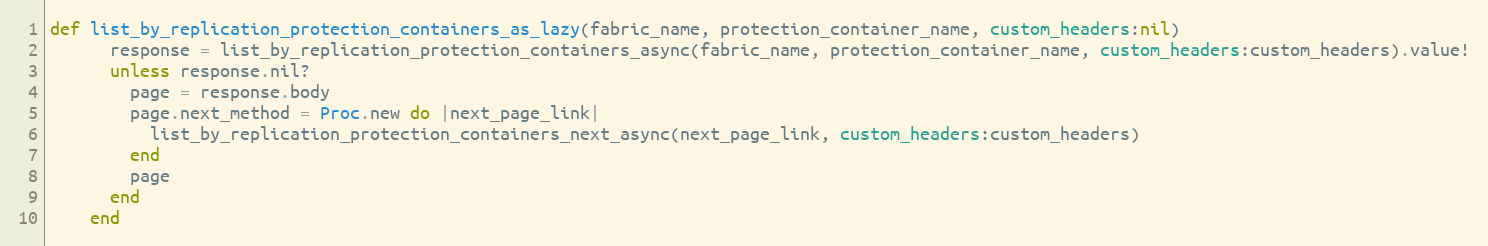
Language: Ruby
def list_by_replication_protection_containers_as_lazy(fabric_name, protection_container_name, custom_headers:nil)
      response = list_by_replication_protection_containers_async(fabric_name, protection_container_name, custom_headers:custom_headers).value!
      unless response.nil?
        page = response.body
        page.next_method = Proc.new do |next_page_link|
          list_by_replication_protection_containers_next_async(next_page_link, custom_headers:custom_headers)
        end
        page
      end
    end